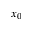
x _ { 0 }